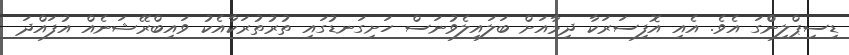
ޑިސިޕްލިންްގަ އެވެ. އެއި އޮފިސަރަކާ ދިމާއަށް ބަލައިލެވުނަސް ހަށިގަނޑުގައި ތުރުތުރަކާއެކު ވައިބްރޭޝަނެއް އުފައްދަ